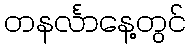
တနင်္လာနေ့တွင်